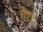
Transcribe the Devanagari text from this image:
रौएट